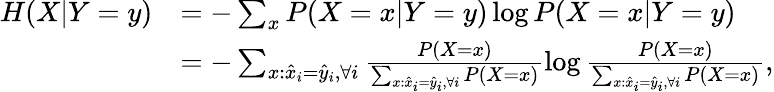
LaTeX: \begin{array}{rl}{H(X|Y=y)}&{=-\sum_{x}P(X=x|Y=y)\log P(X=x|Y=y)}\\ &{=-\sum_{x:\hat{x}_{i}=\hat{y}_{i},\forall i}\frac{P(X=x)}{\sum_{x:\hat{x}_{i}=\hat{y}_{i},\forall i}P(X=x)}\log\frac{P(X=x)}{\sum_{x:\hat{x}_{i}=\hat{y}_{i},\forall i}P(X=x)},}\end{array}